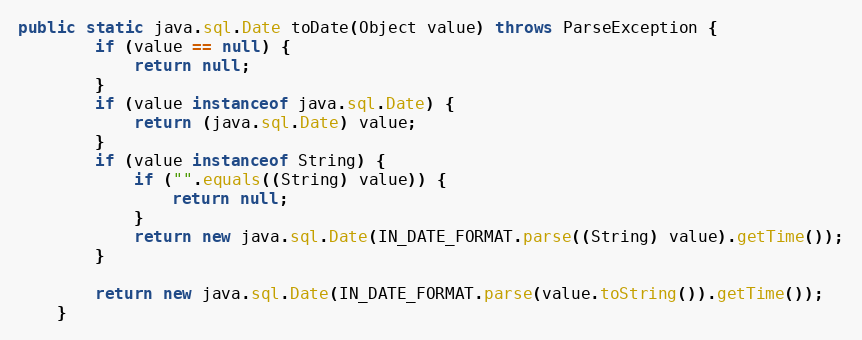
Language: Java
public static java.sql.Date toDate(Object value) throws ParseException {
        if (value == null) {
            return null;
        }
        if (value instanceof java.sql.Date) {
            return (java.sql.Date) value;
        }
        if (value instanceof String) {
            if ("".equals((String) value)) {
                return null;
            }
            return new java.sql.Date(IN_DATE_FORMAT.parse((String) value).getTime());
        }

        return new java.sql.Date(IN_DATE_FORMAT.parse(value.toString()).getTime());
    }